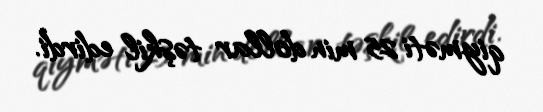
qiyməti 25 min dollar təşkil edirdi.